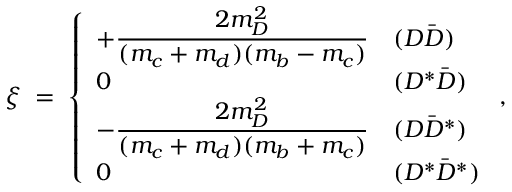
\xi \; = \; \left\{ \begin{array} { l l } { { + \displaystyle \frac { 2 m _ { D } ^ { 2 } } { ( m _ { c } + m _ { d } ) ( m _ { b } - m _ { c } ) } } } & { { ( D \bar { D } ) } } \\ { { 0 } } & { { ( D ^ { * } \bar { D } ) } } \\ { { - \displaystyle \frac { 2 m _ { D } ^ { 2 } } { ( m _ { c } + m _ { d } ) ( m _ { b } + m _ { c } ) } } } & { { ( D \bar { D } ^ { * } ) } } \\ { { 0 } } & { { ( D ^ { * } \bar { D } ^ { * } ) } } \end{array} \; , \right.